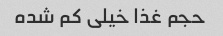
حجم غذا خیلی کم شده